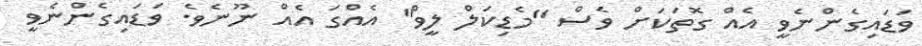
ވަޑައިގެންނެވީ އެއް ގޮތަކަށް ވެސް "މެޑިކަލް ލީވް" އެއްގަ އެއް ނޫނެވެ. ވަޑައިގެންނެވީ